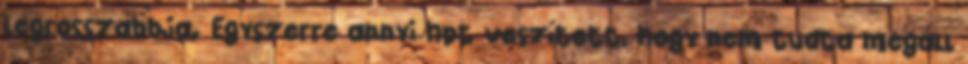
legrosszabbja. Egyszerre annyi hpt veszített, hogy nem tudta megáll